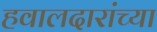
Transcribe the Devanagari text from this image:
हवालदारांच्या